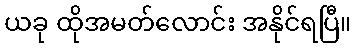
ယခု ထိုအမတ်လောင်း အနိုင်ရပြီ။